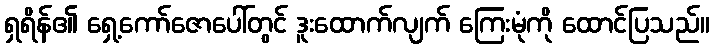
ရှရိန်၏ ရှေ့ကော်ဇောပေါ်တွင် ဒူးထောက်လျက် ကြေးမုံကို ထောင်ပြသည်။